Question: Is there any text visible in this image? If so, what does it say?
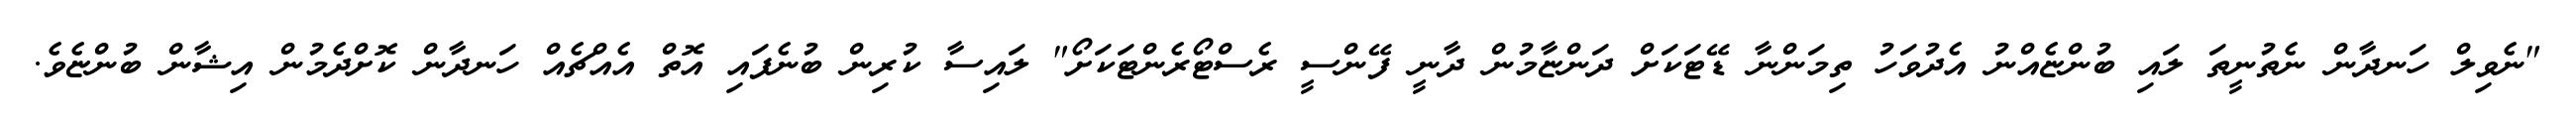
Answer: "ނެވިލް ހަނދާން ނެތުނީތަ ލައި ބުންޏެއްނު އެދުވަހު ތިމަންނާ ޑޭޓަކަށް ދަންޏާމުން ދާނީ ފޭންސީ ރެސްޓޯރެންޓަކަށޯ" ލައިސާ ކުރިން ބުނެފައި އޮތް އެއްޗެއް ހަނދާން ކޮށްދެމުން އިޝާން ބުންޏެވެ.